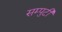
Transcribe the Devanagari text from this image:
सम्पुटी